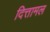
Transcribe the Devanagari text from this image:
दित्तामल